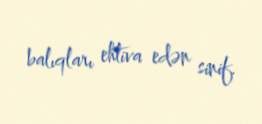
balıqları ehtiva edən sinif.